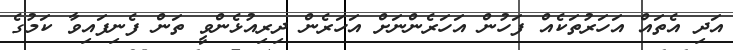
އަދި އެތައް އަހަރުތަކެއް ފަހުން އަހަރެންނަށް އަހަރެން ދިރިއުޅެންވީ ތަން ފެނިފައިވާ ކަމުގެ